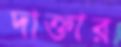
দাক্তার